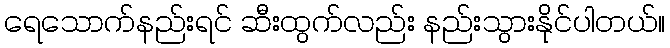
ရေသောက်နည်းရင် ဆီးထွက်လည်း နည်းသွားနိုင်ပါတယ်။